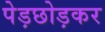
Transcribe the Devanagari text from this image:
पेड़छोड़कर